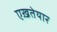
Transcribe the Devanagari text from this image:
एख़तेयार